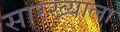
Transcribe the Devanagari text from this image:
सारख्याला